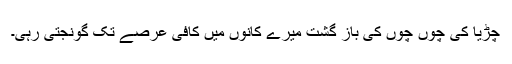
چڑیا کی چوں چوں کی باز گشت میرے کانوں میں کافی عرصے تک گونجتی رہی۔